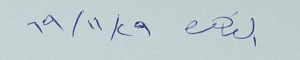
القاهره ٢٩\١١\٦٩